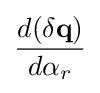
{\frac {d(\delta \mathbf {q} )}{d\alpha _{r}}}